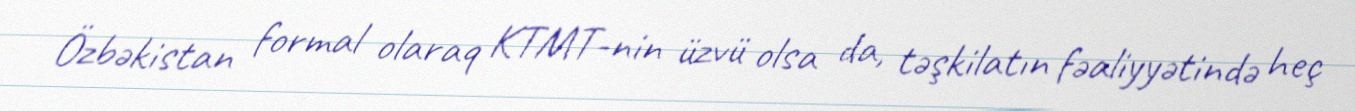
Özbəkistan formal olaraq KTMT-nin üzvü olsa da, təşkilatın fəaliyyətində heç